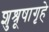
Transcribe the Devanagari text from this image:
शुश्रूषागृहे